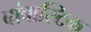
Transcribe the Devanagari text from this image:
बांबास्टिक